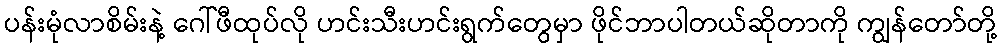
ပန်းမုံလာစိမ်းနဲ့ ဂေါ်ဖီထုပ်လို ဟင်းသီးဟင်းရွက်တွေမှာ ဖိုင်ဘာပါတယ်ဆိုတာကို ကျွန်တော်တို့